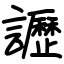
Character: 讈